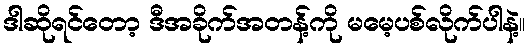
ဒါဆိုရင်တော့ ဒီအခိုက်အတန့်ကို မမေ့ပစ်လိုက်ပါနဲ့။